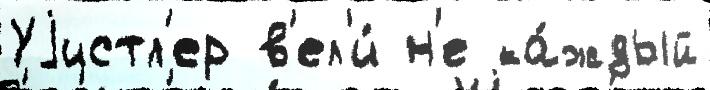
Уjистл'ер в'ел'и́ н'е ка́ждый